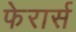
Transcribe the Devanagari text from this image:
फेरार्स